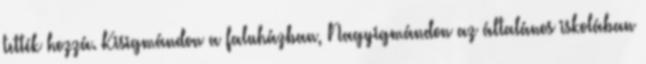
tették hozzá. Kisigmándon a faluházban, Nagyigmándon az általános iskolában